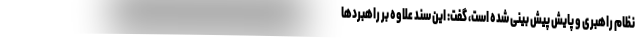
نظام راهبری و پایش پیش بینی شده است، گفت: این سند علاوه بر راهبردها